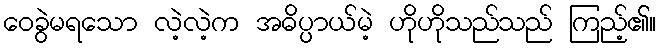
ဝေခွဲမရသော လဲ့လဲ့က အဓိပ္ပာယ်မဲ့ ဟိုဟိုသည်သည် ကြည့်၏။